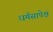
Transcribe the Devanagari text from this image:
धर्मसापेक्ष